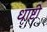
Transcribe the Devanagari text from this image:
धाष्टी